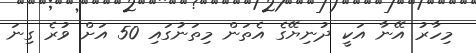
މިހާރު އޭނާ އަކީ ދުނިޔޭގެ އެތަން މިތަނުގައި 50 އަށް ވުރެ ގިނަ